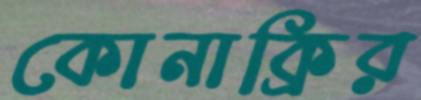
কোনাক্রির